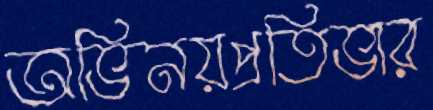
অভিনয়প্রতিভার